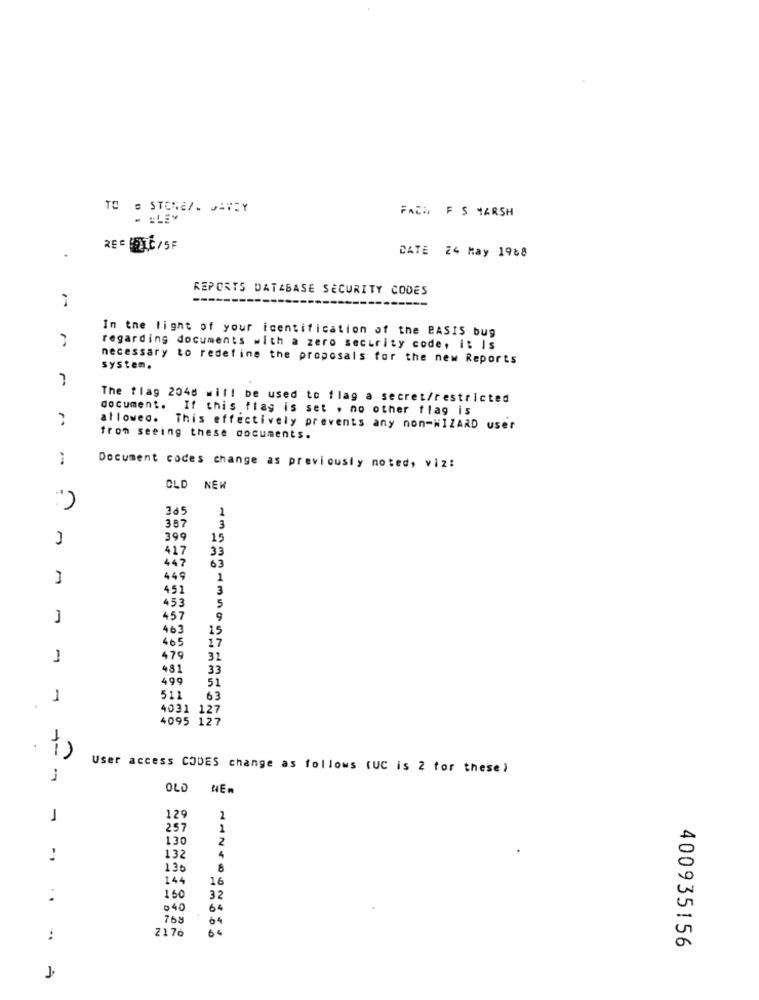
TO = STORE/. GANZY
Facil F S HARSH
2E = @1C/5F
.
DATE 24 May 1968
REPORTS DATABASE SECURITY CODES
In the light of your icentification of the BASIS bug
regarding documents with a zero security code, it Is
necessary to redefine the proposals for the new Reports
system.
The flag 2048 will be used to flag a secret/restricted
document.
If this flag is set . no other flag is
allowed.
This effectively prevents any non-WIZARD user
from seeing these documents.
-
Document codes change as previously noted, viz:
OLD NEW
")
305
387
1
3
399
15
417
33
447
63
44
1
451
3
453
5
457
9
463
15
405
17
479
31
481
33
499
51
1
511
63
4031 127
4095 127
1-
User access CODES change as follows (UC is 2 for these)
OLD
NER
1
129
2
257
1
130
2
132
4
136
8
144
16
1.60
:
32
40
64
768
64
2176
6 4
400935156